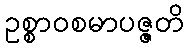
ဥစ္စာဝစမာပဇ္ဇတိ